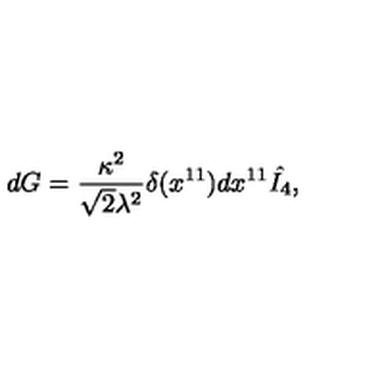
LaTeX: d G = { \frac { \kappa ^ { 2 } } { \sqrt { 2 } \lambda ^ { 2 } } } \delta ( x ^ { 1 1 } ) d x ^ { 1 1 } \hat { I _ { 4 } } ,